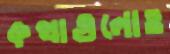
কথাগুলোও